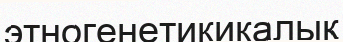
этногенетикикалық